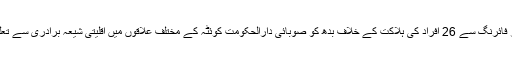
بلوچستان میں شیعہ زائرین کی بس پر فائرنگ سے 26 افراد کی ہلاکت کے خلاف بدھ کو صوبائی دارالحکومت کوئٹہ کے مختلف علاقوں میں اقلیتی شیعہ برادری سے تعلق رکھنے والے افراد نے مظاہرہ کیا۔